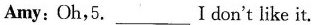
Amy: Oh,5.___ Idon't like it.